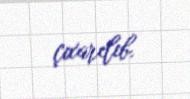
çıxarılıb.